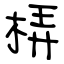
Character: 梇